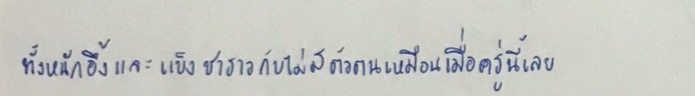
ทั้งหนักอึ้งและแข็งชาราวกับไม่มีตัวตนเหมือนเมื่อครู่นี้เลย